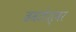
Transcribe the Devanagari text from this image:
ढवळेश्वर